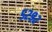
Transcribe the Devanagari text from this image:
५२९२